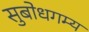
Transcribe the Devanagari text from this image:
सुबोधगम्य